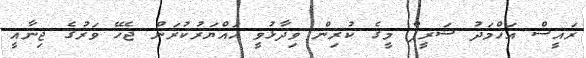
ރައީސް އަހްމަދު ޝަރީފް މީގެ ކުރިން ވިދާޅުވީ ހައްޔަރުކުރަން ޖެހޭ ވަރުގެ ޖިނާއީ